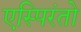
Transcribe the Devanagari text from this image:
एस्पिरंतो